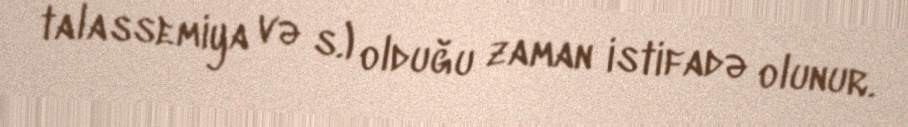
talassemiya və s.) olduğu zaman istifadə olunur.